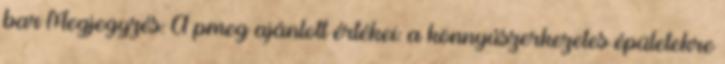
bar Megjegyzés: A pmeg ajánlott értékei: a könnyûszerkezetes épületekre